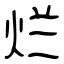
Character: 烂